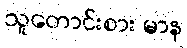
သူတောင်းစား မာန